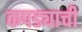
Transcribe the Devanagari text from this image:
कपड्याची